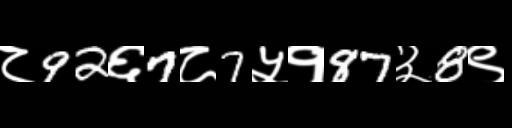
Text: ८92६7८7५१87३8९